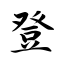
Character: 登